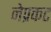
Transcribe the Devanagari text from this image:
नेप्रकट